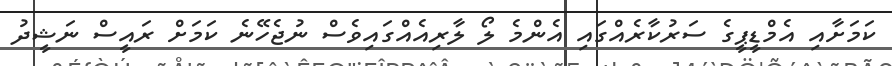
ކަމަށާއި އެމްޑީޕީގެ ސަރުކާރެއްގައި އެންމެ ލޯ ލާރިއެއްގައިވެސް ނުޖެހޭނެ ކަމަށް ރައީސް ނަޝީދު